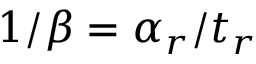
1 / \beta = \alpha _ { r } / t _ { r }